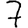
Digit: 7